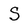
Character: S